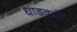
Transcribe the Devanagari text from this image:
धाडवतो